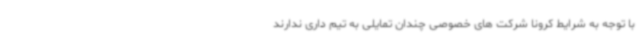
با توجه به شرایط کرونا شرکت های خصوصی چندان تمایلی به تیم داری ندارند